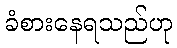
ခံစားနေရသည်ဟု